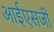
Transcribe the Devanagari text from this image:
आईएसजी